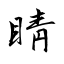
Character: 睛